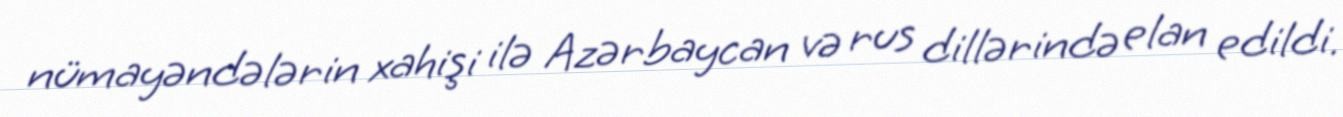
nümayəndələrin xahişi ilə Azərbaycan və rus dillərində elan edildi.